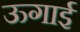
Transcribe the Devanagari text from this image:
ऊगाई